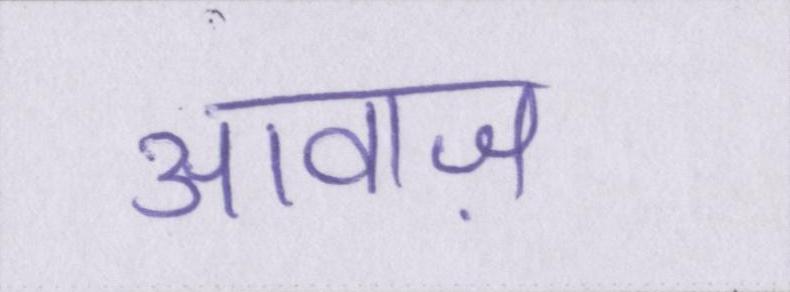
आवाज़